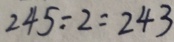
2 4 5 . - 2 = 2 4 3